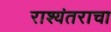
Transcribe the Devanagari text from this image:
राश्यंतराचा